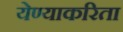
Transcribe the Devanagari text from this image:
येण्याकरिता